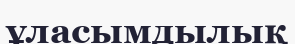
ұласымдылық